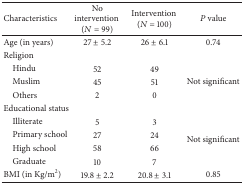
<table><thead><tr><td><b>Characteristics</b></td><td><b>No intervention (<i>N</i> = 99)</b></td><td><b>Intervention (<i>N</i> = 100)</b></td><td><b><i>P</i> value</b></td></tr></thead><tbody><tr><td>Age (in years)</td><td>27 ± 5.2</td><td>26 ± 6.1</td><td>0.74</td></tr><tr><td>Religion</td><td> </td><td> </td><td> </td></tr><tr><td> Hindu</td><td>52</td><td>49</td><td> </td></tr><tr><td> Muslim</td><td>45</td><td>51</td><td>Not significant</td></tr><tr><td> Others</td><td>2</td><td>0</td><td> </td></tr><tr><td>Educational status</td><td> </td><td> </td><td> </td></tr><tr><td> Illiterate</td><td>5</td><td>3</td><td rowspan="4">Not significant</td></tr><tr><td> Primary school</td><td>27</td><td>24</td></tr><tr><td> High school</td><td>58</td><td>66</td></tr><tr><td> Graduate</td><td>10</td><td>7</td></tr><tr><td>BMI (in Kg/m<sup>2</sup>)</td><td>19.8 ± 2.2</td><td>20.8 ± 3.1</td><td>0.85</td></tr></tbody></table>